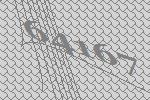
64167